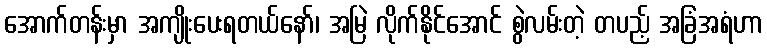
အောက်တန်းမှာ အကျိုးပေးရတယ်နော်၊ အမြဲ လိုက်နိုင်အောင် စွဲလမ်းတဲ့ တပည့် အခြံအရံဟာ